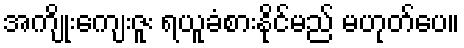
အကျိုးကျေးဇူး ရယူခံစားနိုင်မည် မဟုတ်ပေ။